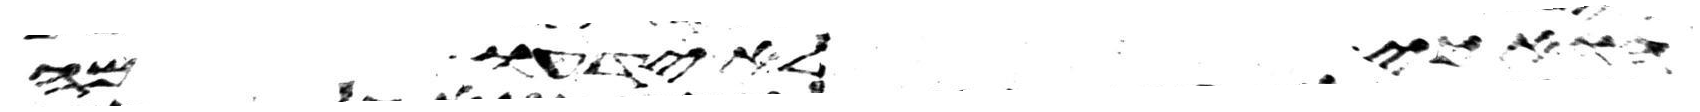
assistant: הוא כי לא ידעו מה